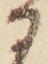
に